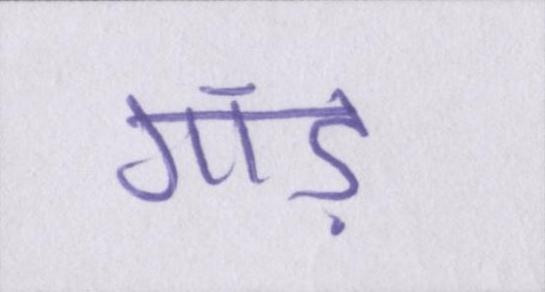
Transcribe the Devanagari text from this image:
गांड़